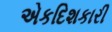
એકદિશકારી